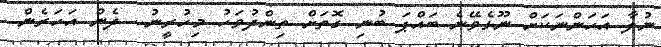
ނުލާ އަހަންނަކަށް ނޫޅެވޭނެ ބައްޕަ ބުނި ގޮތަށް ތިންދުވަހު މިހުރީނު.. ދެން އަހަރެން